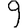
Digit: 9